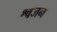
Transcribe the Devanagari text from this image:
श्वजन